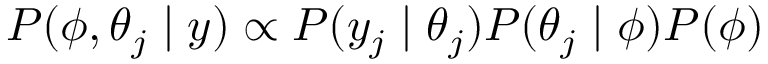
P ( \phi , \theta _ { j } \mid y ) \propto P ( y _ { j } \mid \theta _ { j } ) P ( \theta _ { j } \mid \phi ) P ( \phi )